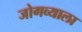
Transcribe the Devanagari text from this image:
जोगव्याला